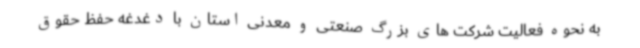
به نحوه فعالیت شرکت های بزرگ صنعتی و معدنی استان با دغدغه حفظ حقوق